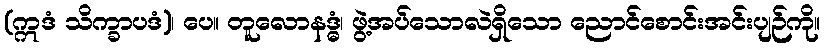
(ဣဒံ သိက္ခာပဒံ)၊ ပေ။ တူလောနဒ္ဓံ၊ ဖွဲ့အပ်သောလဲရှိသော ညောင်စောင်းအင်းပျဉ်ကို။